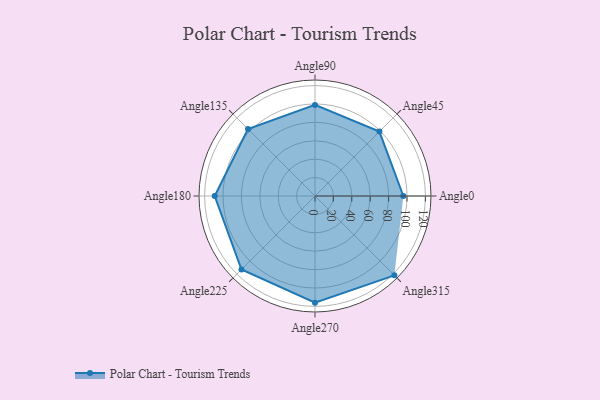
{"axis": {"x": "Angle", "y": "Radius"}, "legend": [""], "data": [{"x": "Angle0", "y": 96.0, "type": ""}, {"x": "Angle45", "y": 99.0, "type": ""}, {"x": "Angle90", "y": 99.0, "type": ""}, {"x": "Angle135", "y": 103.0, "type": ""}, {"x": "Angle180", "y": 109.0, "type": ""}, {"x": "Angle225", "y": 113.0, "type": ""}, {"x": "Angle270", "y": 116.0, "type": ""}, {"x": "Angle315", "y": 122.0, "type": ""}]}